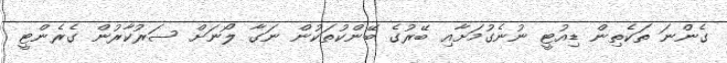
ގެންނަ ތަކެތިން ޑިއުޓީ ނުނެގުމަށާއި ބޭރުގެ ބޭންކުތަކުން ނަގާ ލޯނަށް ސަރުކާރުން ގެރެންޓީ